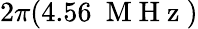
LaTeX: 2\pi(4.56~\mathrm{~M~H~z~})